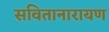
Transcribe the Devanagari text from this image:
सवितानारायण